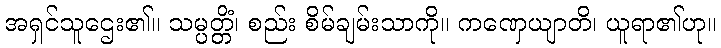
အရှင်သူဌေး၏။ သမ္ပတ္တိံ၊ စည်း စိမ်ချမ်းသာကို။ ကဏှေယျာတိ၊ ယူရာ၏ဟု။